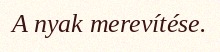
A nyak merevítése.